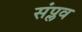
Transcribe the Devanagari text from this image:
संप्लव